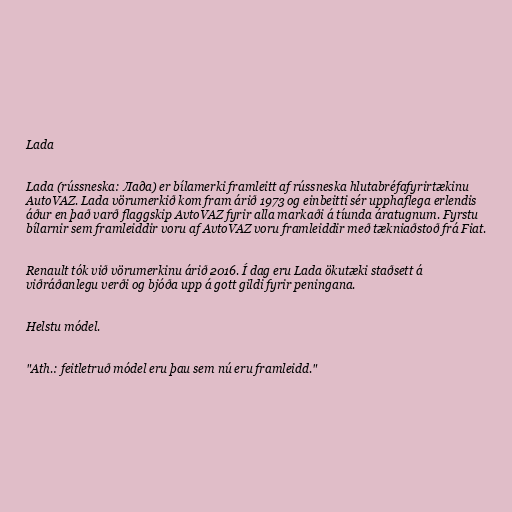
Lada

Lada (rússneska: Лада) er bílamerki framleitt af rússneska hlutabréfafyrirtækinu
AutoVAZ. Lada vörumerkið kom fram árið 1973 og einbeitti sér upphaflega erlendis
áður en það varð flaggskip AvtoVAZ fyrir alla markaði á tíunda áratugnum. Fyrstu
bílarnir sem framleiddir voru af AvtoVAZ voru framleiddir með tækniaðstoð frá Fiat.

Renault tók við vörumerkinu árið 2016. Í dag eru Lada ökutæki staðsett á
viðráðanlegu verði og bjóða upp á gott gildi fyrir peningana.

Helstu módel.

"Ath.: feitletruð módel eru þau sem nú eru framleidd."